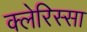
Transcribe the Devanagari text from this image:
क्लेरिस्सा